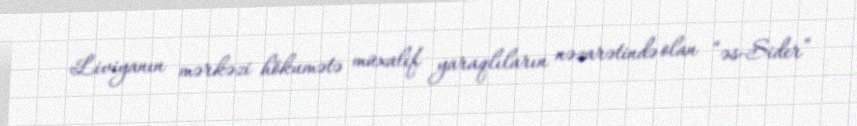
Liviyanın mərkəzi hökumətə müxalif yaraqlıların nəzarətində olan “əs-Sider”